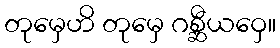
တုမှေဟိ တုမှေ ဂစ္ဆီယဝှေ။